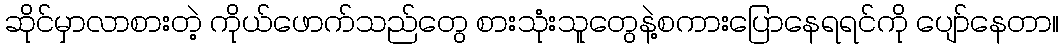
ဆိုင်မှာလာစားတဲ့ ကိုယ်ဖောက်သည်တွေ စားသုံးသူတွေနဲ့စကားပြောနေရရင်ကို ပျော်နေတာ။